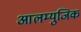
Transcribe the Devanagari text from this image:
आलम्युजिक